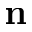
\mathbf { n }